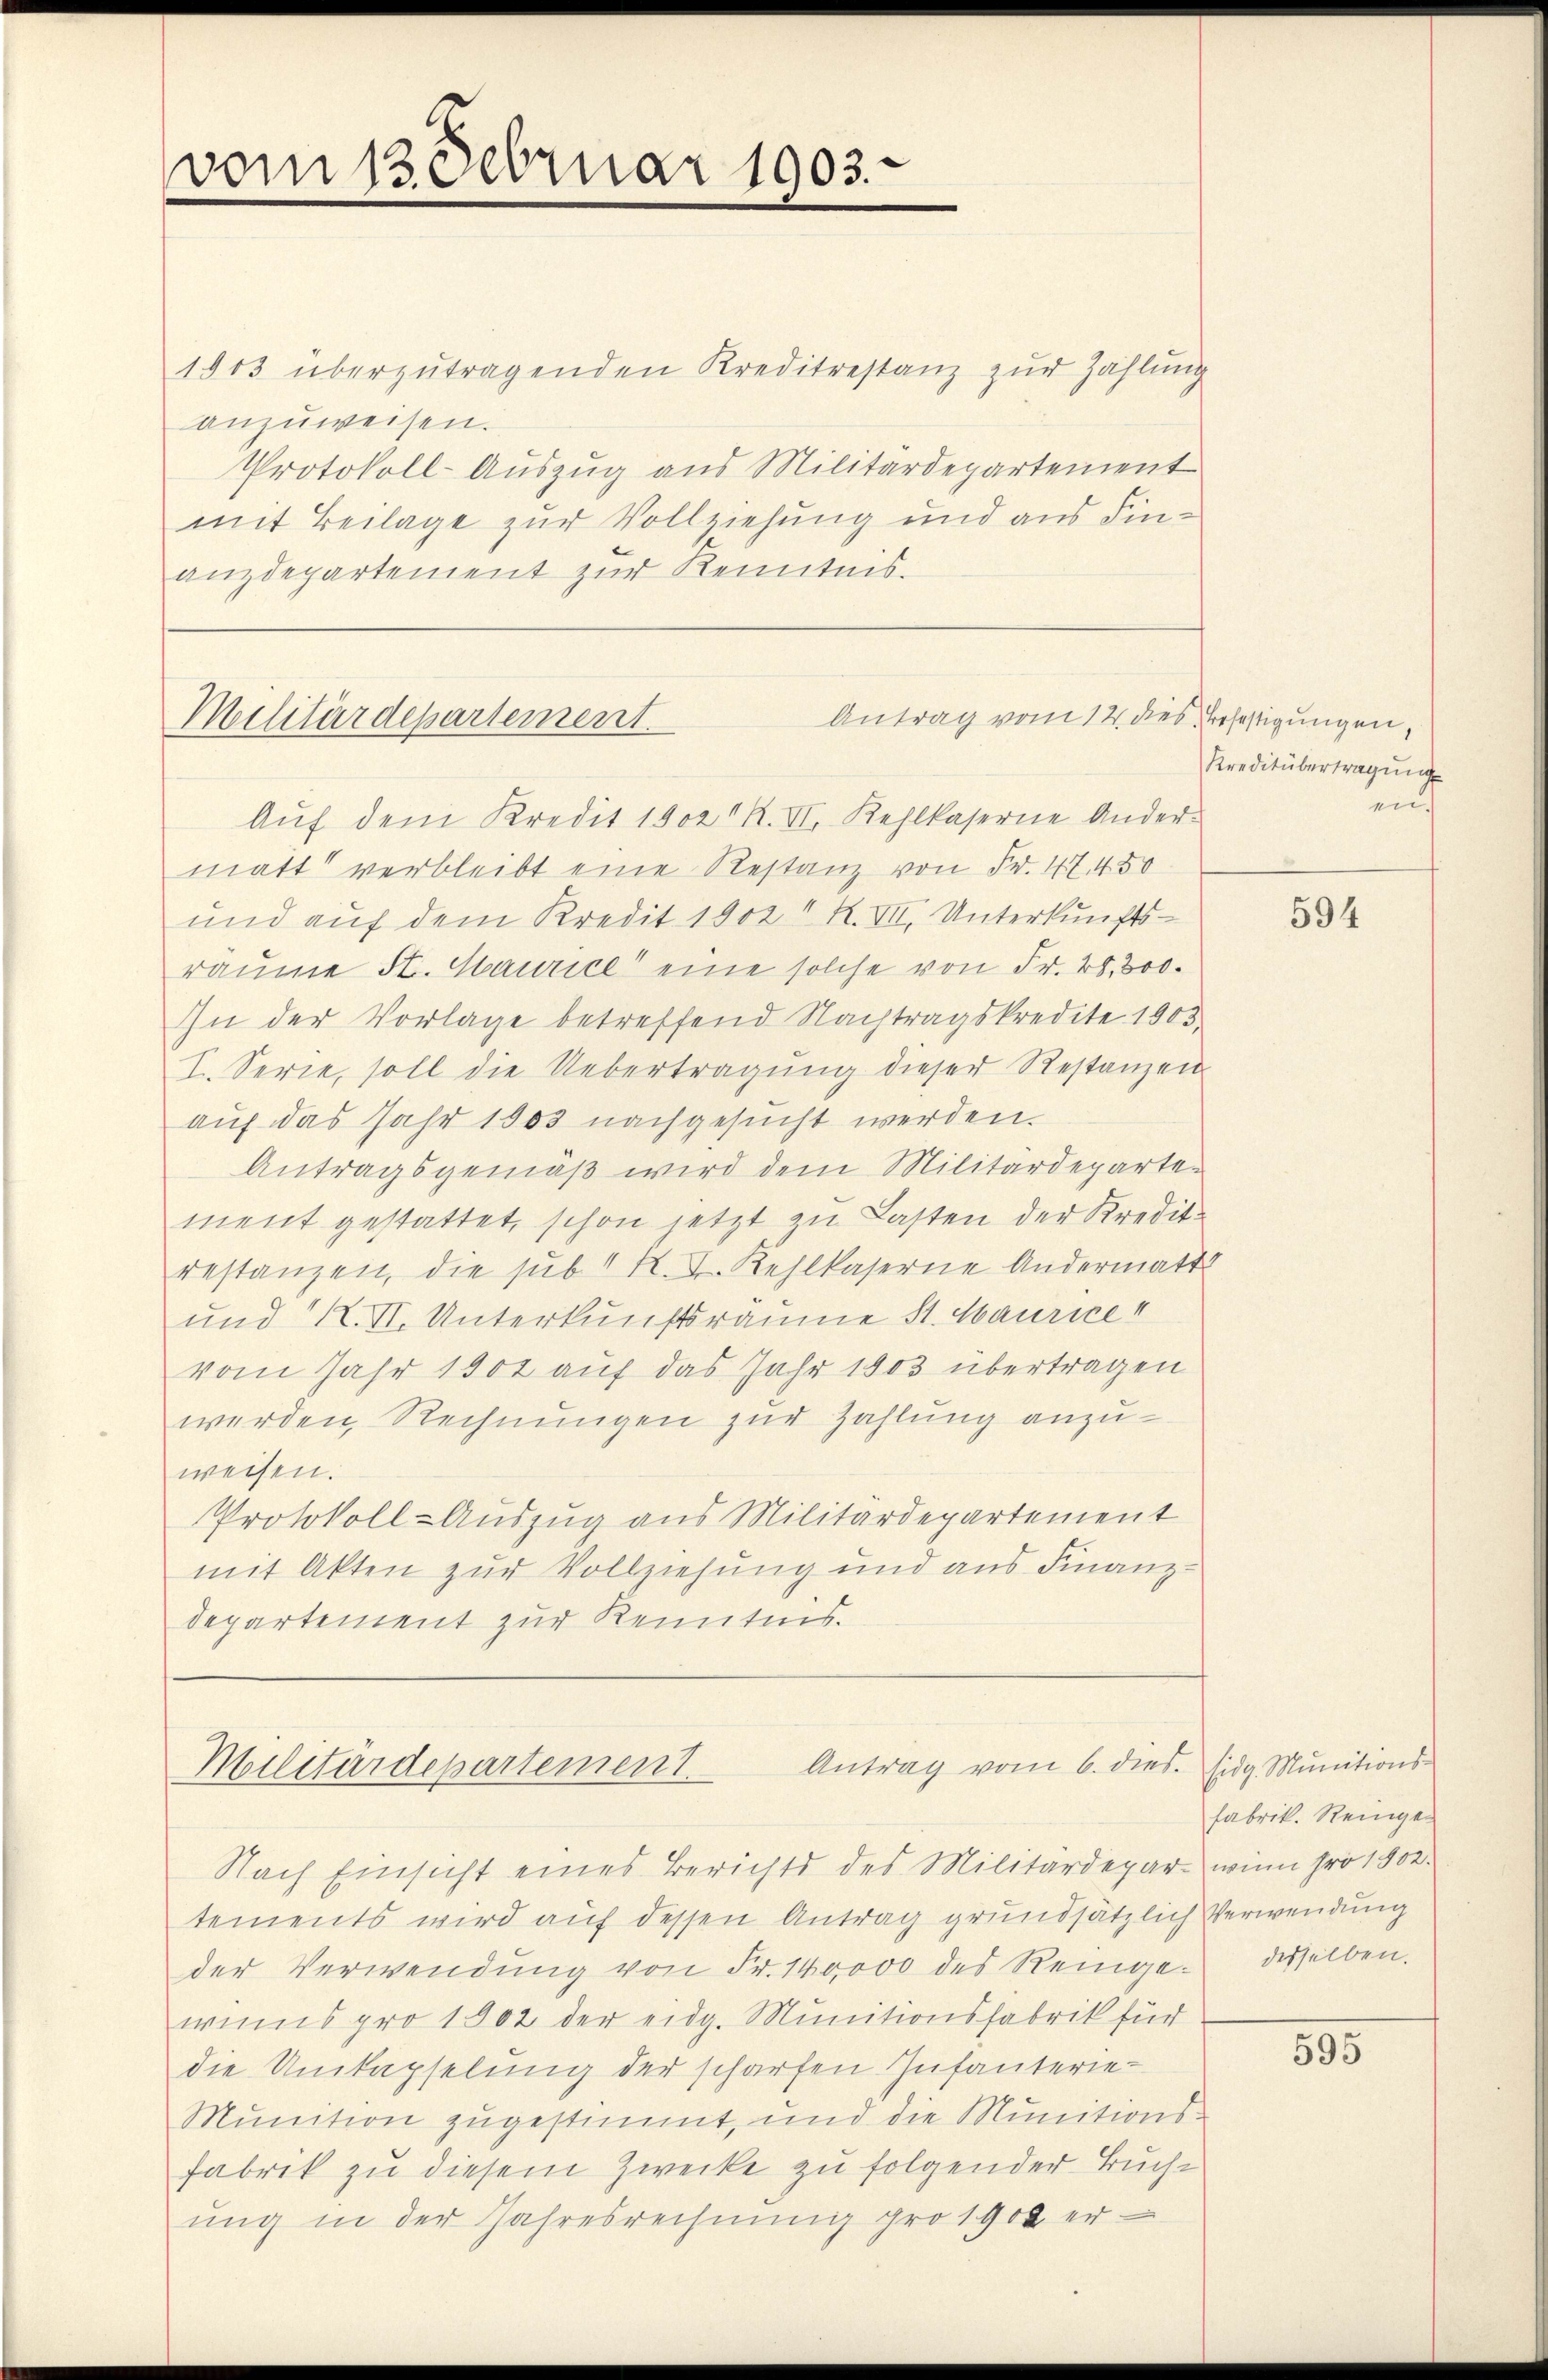
vom 13. Februar 1903.
e

1903 überzutragenden Kreditrestanz zur Zahlung
anzuweisen.
Protokoll-Auszug aus Militärdepartement
mit Beilage zur Vollziehung und aus Finanzdepartement zur Kenntnis.

Militärdepartement.

Aŭf dem Kredit 1902 R. II. Kehlkaserne Ander-
matt verbleibt eine Restanz von Fr. 47. 450
und auf dem Kredit 1902 R. VII. Unterkunftsraume St. Maurice eine solche von Fr. 28, 300.
In der Vorlage betreffend Nachtragskredite 1903.
I. Serie, soll die Uebertragŭng dieser Restanzen
auf das Jahr 1903 nachgesucht werden.
Antragsgemäß wird dem Militärdepartement gestattet, schon jetzt zu Lasten der Kreditrestanzen, die sub 1 K. J. Kehlkaserne Andermatt
und K. VI. Unterkunftsräume St. Maurice
vom Jahr 1902 auf das Jahr 1903 übertragen
werden, Rechnungen zur Zahlung anzuweisen.
Protokoll-Auszug aus Militärdepartement
mit Akten zur Vollziehung und aus Finanz-
departement zur Kenntnis.

Antrag vom 12. des Befestigungen,

Antrag vom 6. dies. Eidg. Munitions-
Militärdepartement

Nach Einsicht eines Berichts des Militärdepar- wenn pro 1802.
tements wird auf dessen Antrag grundsätzlich Verwendung
der Verwendŭng von Fr. 140000 des Reinge desselben.
wins pro 1902 der eidg. Munitionsfabrik für
die Umkapselung der scharfen Infanterie-
Munition zugestimmt, und die Munitions¬
Fabrik zu diesem Zwecke zu folgender Buchŭng in der Jahresrechnŭng pro 1900 er-

Kreditübertragung
en.

594

fabrik. Reinge¬

595